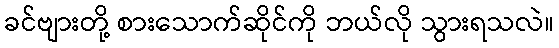
ခင်ဗျားတို့ စားသောက်ဆိုင်ကို ဘယ်လို သွားရသလဲ။